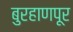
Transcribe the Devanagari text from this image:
बुरहाणपूर